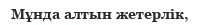
Мұнда алтын жетерлік,